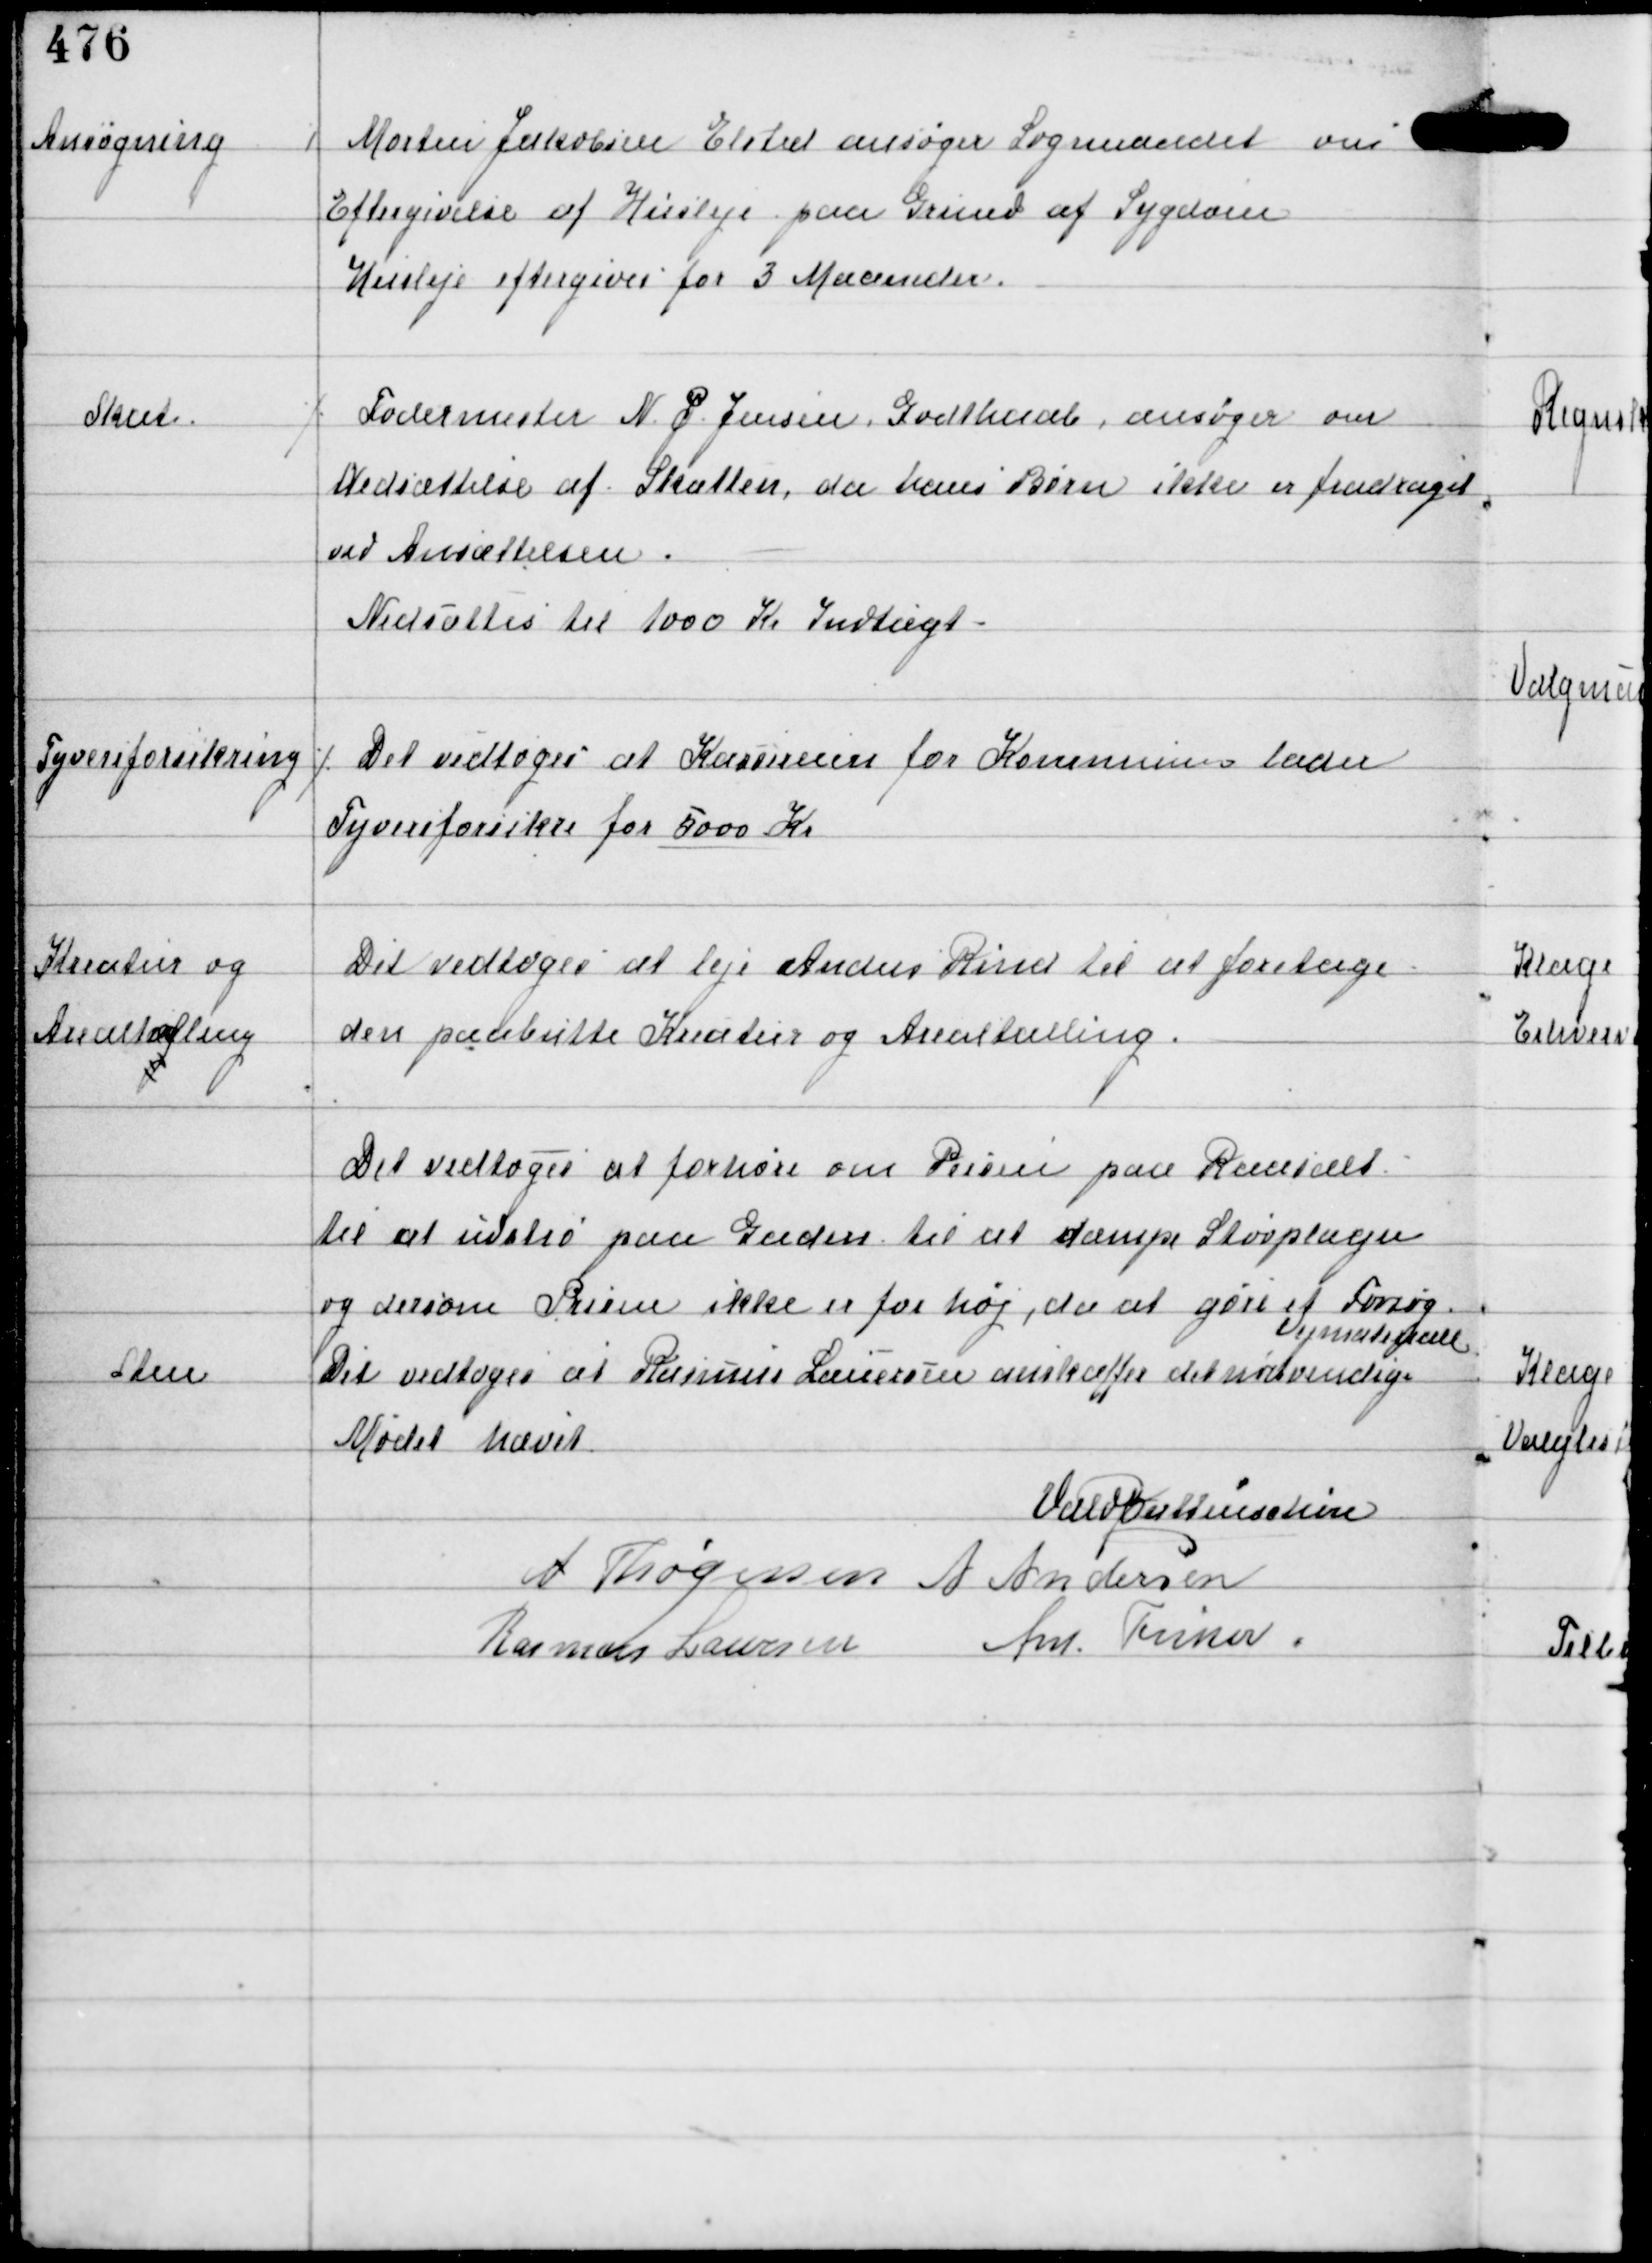
Transskription:
Ansøgning

⁒ Morten Jakobsen Elsted ansøger Sogneraadet om
Eftergivelse af Husleje paa Grund af Sygdom
Husleje eftergives for 3 Maaneder.

Skat

⁒ Fodermester N. P. Jensen Godthaab, ansøger om
Nedsættelse af Skatten, da hans Børn ikke er fradraget
ved Ansættelsen.
Nedsattes til 1000 Kr Indtægt.

Tyveriforsikring ⁒

Det vedtoges at Kassereren for Kommunen lader
Tyveriforsikre for 5000 Kr

Kreatur og
Arealtælling

Det vedtoges at leje Anders Rind til at foretage
den paabudte Kreatur og Arealtælling

Sten

Det vedtoges at forhøre om Prisen paa Raasalt
til at udstrø paa Gaden til at dæmpe Støvplagen
og dersom Prisen ikke er for høj, da at gøre et Forsøg
Det vedtoges at Rasmus Laursen anskaffer det nødvendige
Vejmateriale

Mødet hævet
Vald Buttenschøn
A Thøgersen A Andersen
Rasmus Laursen Ant Fisker